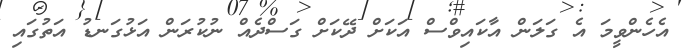
އެހެންވީމަ އެ ގަަލަން އާކައިވްސް އަކަށް ދޭކަށް ގަސްދެއް ނުކުރަން އަޅުގަނޑު އަތުގައި